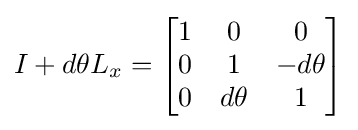
I+d\theta L_{x}={\begin{bmatrix}1&0&0\\0&1&-d\theta \\0&d\theta &1\end{bmatrix}}